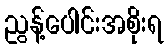
ညွန့်ပေါင်းအစိုးရ